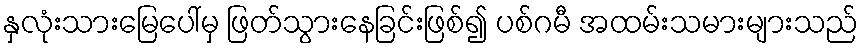
နှလုံးသားမြေပေါ်မှ ဖြတ်သွားနေခြင်းဖြစ်၍ ပစ်ဂမီ အထမ်းသမားများသည်